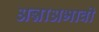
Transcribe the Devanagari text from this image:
अन्नाअभावी